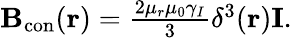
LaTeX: \begin{array}{r}{\mathbf{B}_{\mathrm{con}}(\mathbf{r})=\frac{2\mu_{r}\mu_{0}\gamma_{I}}{3}\delta^{3}(\mathbf{r})\mathbf{I}.}\end{array}